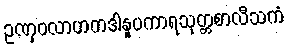
ဥဏှဝလာဟကဒါနူပကာရသုတ္တစာလီသကံ